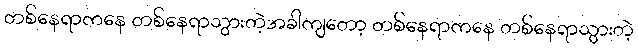
တစ်နေရာကနေ တစ်နေရာသွားတဲ့အခါကျတော့ တစ်နေရာကနေ တစ်နေရာသွားတဲ့